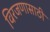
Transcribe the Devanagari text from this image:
विरजणासाठी